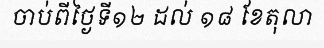
ចាប់ពីថ្ងៃទី១២ ដល់ ១៨ ខែតុលា